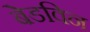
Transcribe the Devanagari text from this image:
बेडविन